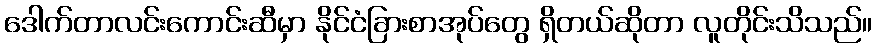
ဒေါက်တာလင်းကောင်းဆီမှာ နိုင်ငံခြားစာအုပ်တွေ ရှိတယ်ဆိုတာ လူတိုင်းသိသည်။